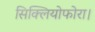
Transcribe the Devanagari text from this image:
सिक्लियोफोरा।